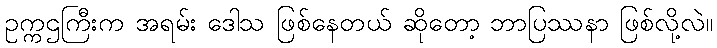
ဥက္ကဌကြီးက အရမ်း ဒေါသ ဖြစ်နေတယ် ဆိုတော့ ဘာပြဿနာ ဖြစ်လို့လဲ။